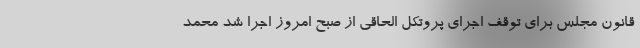
قانون مجلس برای توقف اجرای پروتکل الحاقی از صبح امروز اجرا شد محمد